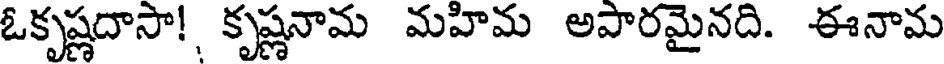
ఓకృష్ణదాసా!, కృష్ణనామ మహిమ అపారమైనది. ఈనామ